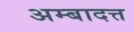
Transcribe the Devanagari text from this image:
अम्बादत्त